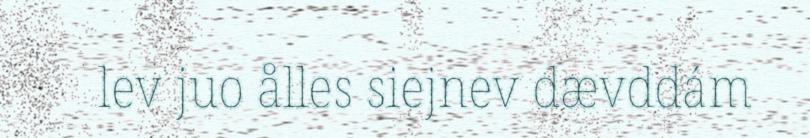
lev juo ålles siejnev dævddám